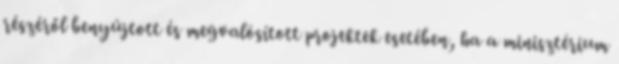
részéről benyújtott és megvalósított projektek esetében, ha a minisztérium